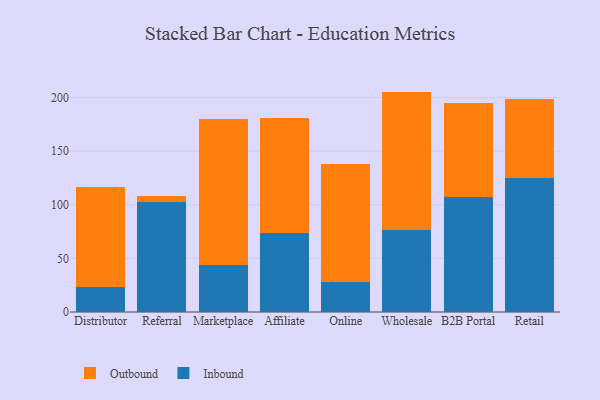
{"axis": {"x": "Channel", "y": "Page Views"}, "legend": ["Inbound", "Outbound"], "data": [{"x": "Distributor", "y": 23.7, "type": "Inbound"}, {"x": "Distributor", "y": 92.9, "type": "Outbound"}, {"x": "Referral", "y": 102.5, "type": "Inbound"}, {"x": "Referral", "y": 5.6, "type": "Outbound"}, {"x": "Marketplace", "y": 44.1, "type": "Inbound"}, {"x": "Marketplace", "y": 135.7, "type": "Outbound"}, {"x": "Affiliate", "y": 73.5, "type": "Inbound"}, {"x": "Affiliate", "y": 107.2, "type": "Outbound"}, {"x": "Online", "y": 27.6, "type": "Inbound"}, {"x": "Online", "y": 110.3, "type": "Outbound"}, {"x": "Wholesale", "y": 76.7, "type": "Inbound"}, {"x": "Wholesale", "y": 128.8, "type": "Outbound"}, {"x": "B2B Portal", "y": 106.9, "type": "Inbound"}, {"x": "B2B Portal", "y": 87.6, "type": "Outbound"}, {"x": "Retail", "y": 124.9, "type": "Inbound"}, {"x": "Retail", "y": 73.5, "type": "Outbound"}]}